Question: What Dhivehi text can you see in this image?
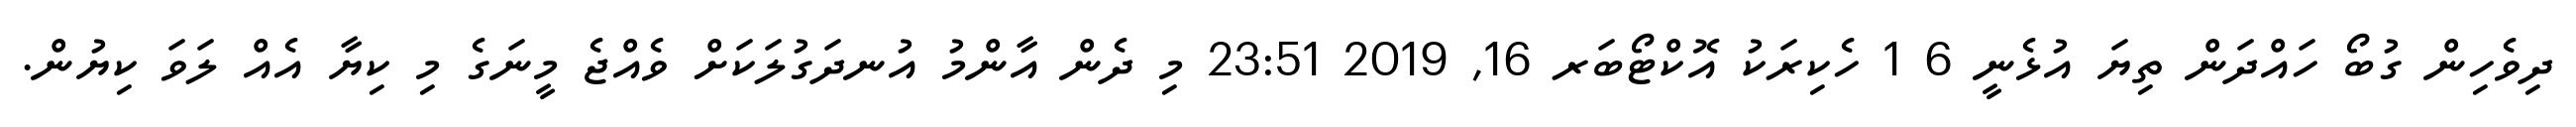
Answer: ދިވެހިން ގުބޯ ހައްދަން ތިޔަ އުޅެނީ 6 1 ހެކިރަކު އޮކްޓޯބަރ 16, 2019 23:51 މި ދެން އާންމު އުނދަގުލަކަށް ވެއްޖެ މީނަގެ މި ކިޔާ އެއް ލަވަ ކިޔުން.